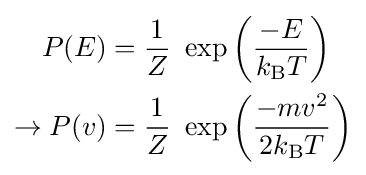
{\begin{aligned}P(E)&={\frac {1}{Z}}~\exp \left({\frac {-E}{k_{\text{B}}T}}\right)\\\rightarrow P(v)&={\frac {1}{Z}}~\exp \left({\frac {-mv^{2}}{2k_{\text{B}}T}}\right)\end{aligned}}